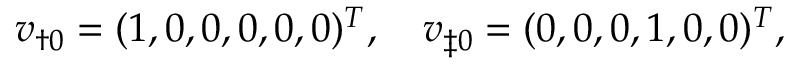
\boldsymbol { v } _ { \dag 0 } = ( 1 , 0 , 0 , 0 , 0 , 0 ) ^ { T } , \quad \boldsymbol { v } _ { \ddag 0 } = ( 0 , 0 , 0 , 1 , 0 , 0 ) ^ { T } ,